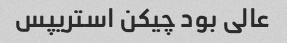
عالی بود چیکن استریپس